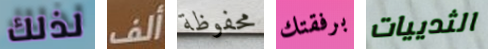
لذلك ألف محفوظة برفقتك الثدييات